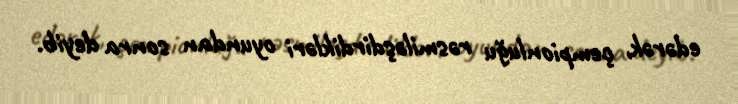
edərək, çempionluğu rəsmiləşdirdikləri oyundan sonra deyib.